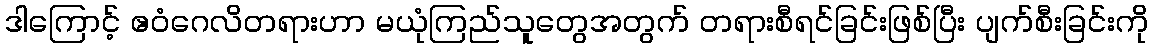
ဒါကြောင့် ဧဝံဂေလိတရားဟာ မယုံကြည်သူတွေအတွက် တရားစီရင်ခြင်းဖြစ်ပြီး ပျက်စီးခြင်းကို